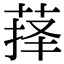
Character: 萚